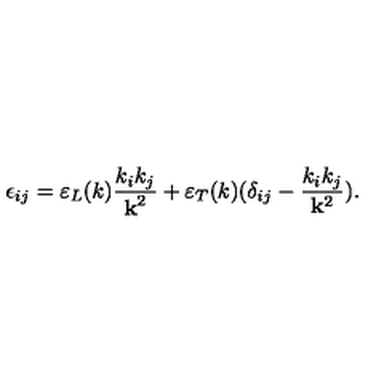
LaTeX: \epsilon _ { i j } = \varepsilon _ { L } ( k ) { \frac { k _ { i } k _ { j } } { { \bf k } ^ { 2 } } } + \varepsilon _ { T } ( k ) ( \delta _ { i j } - { \frac { k _ { i } k _ { j } } { { \bf k } ^ { 2 } } } ) .